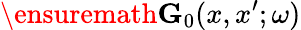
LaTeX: \ensuremath{\mathbf{G}}_{0}(x,x^{\prime};\omega)